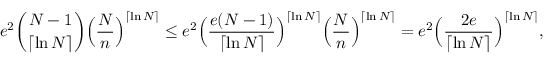
e ^ { 2 } { \binom { N - 1 } { \lceil \ln N \rceil } } \Big ( \frac { N } { n } \Big ) ^ { \lceil \ln N \rceil } \le e ^ { 2 } \Big ( \frac { e ( N - 1 ) } { \lceil \ln N \rceil } \Big ) ^ { \lceil \ln N \rceil } \Big ( \frac { N } { n } \Big ) ^ { \lceil \ln N \rceil } = e ^ { 2 } \Big ( \frac { 2 e } { \lceil \ln N \rceil } \Big ) ^ { \lceil \ln N \rceil } ,